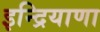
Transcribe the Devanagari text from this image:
इन्द्रियाणा